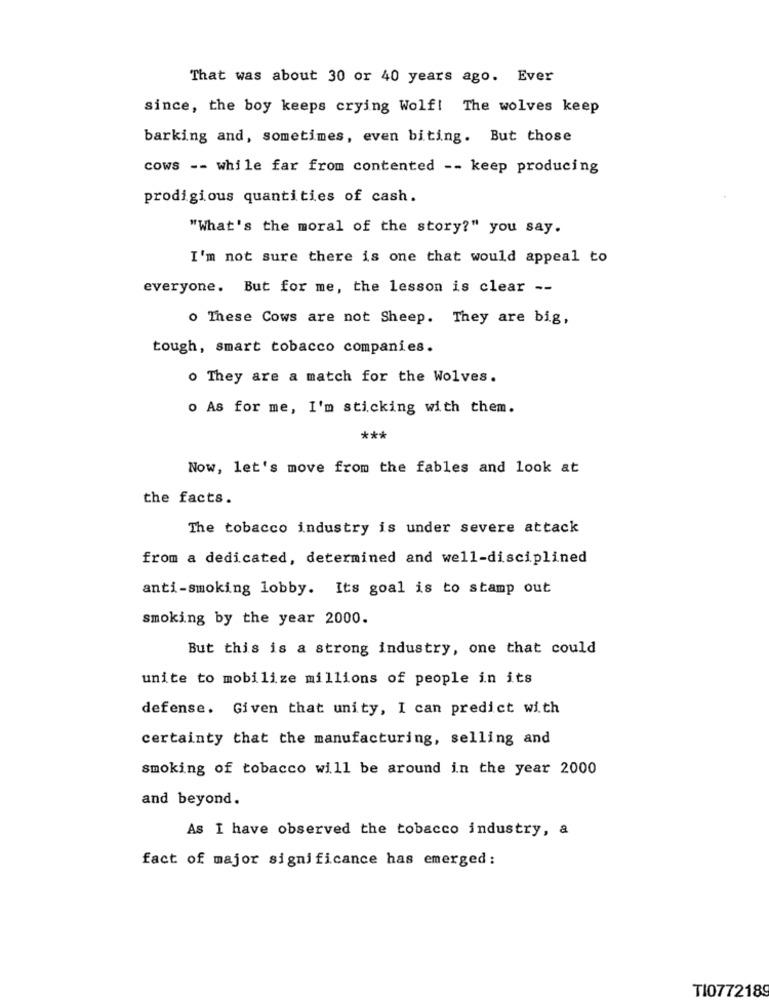
That was about 30 or 40 years ago. Ever
since, the boy keeps crying Wolf! The wolves keep
barking and, sometimes, even biting. But those
cows -- while far from contented -- keep producing
prodigious quantities of cash.
"What's the moral of the story?" you say.
I'm not sure there is one that would appeal to
everyone. But for me, the lesson is clear --
o These Cows are not Sheep. They are big,
tough, smart tobacco companies.
o They are a match for the Wolves.
o As for me, I'm sticking with them.
***
Now, let's move from the fables and look at
the facts.
The tobacco industry is under severe attack
from a dedicated, determined and well-disciplined
anti-smoking lobby. Its goal is to stamp out
smoking by the year 2000.
But this is a strong industry, one that could
unite to mobilize millions of people in its
defense. Given that unity, I can predict with
certainty that the manufacturing, selling and
smoking of tobacco will be around in the year 2000
and beyond.
As I have observed the tobacco industry, a
fact of major significance has emerged:
TI0772189